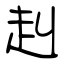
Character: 赳